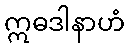
ဣဓဒါနာဟံ